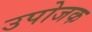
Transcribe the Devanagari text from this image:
उपोजक